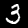
Label: 3